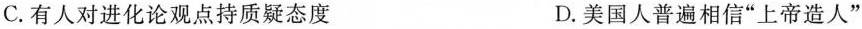
C.有人对进化论观点持质疑态度 D.美国人普遍相信“上帝造人”